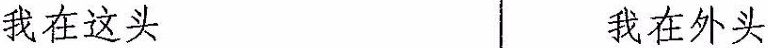
我在这头 我在外头